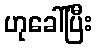
ဟုခေါ်ပြီး